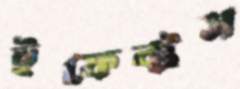
ইফেক্টস